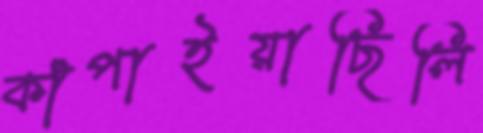
কাঁপাইয়াছিলি